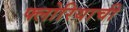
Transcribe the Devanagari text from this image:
फ्लोरियाची